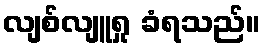
လျစ်လျူရှု ခံရသည်။